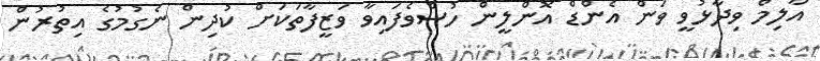
އާލިމް ވިދާޅުވީ ވަން އެންޑް އޮންލީން ހުސްވެފައިވާ ވަޒީފާތަކަށް ކުދިން ނެގުމުގެ އިތުރުން